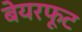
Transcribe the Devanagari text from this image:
बेयरफूट